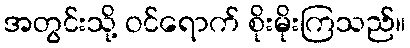
အတွင်းသို့ ဝင်ရောက် စိုးမိုးကြသည်။